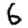
Digit: 6